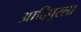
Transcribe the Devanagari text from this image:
आदिपूरला